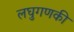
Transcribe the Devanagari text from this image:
लघुगणकी